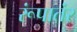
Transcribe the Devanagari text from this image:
रूंपातंर